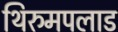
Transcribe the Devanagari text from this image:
थिरुमपलाड